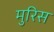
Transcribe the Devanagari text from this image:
मुरिस